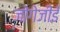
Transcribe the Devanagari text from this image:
जोगेजीई